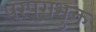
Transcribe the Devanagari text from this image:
परंपराभुक्त